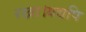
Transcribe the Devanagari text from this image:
रखा।यद्यपि